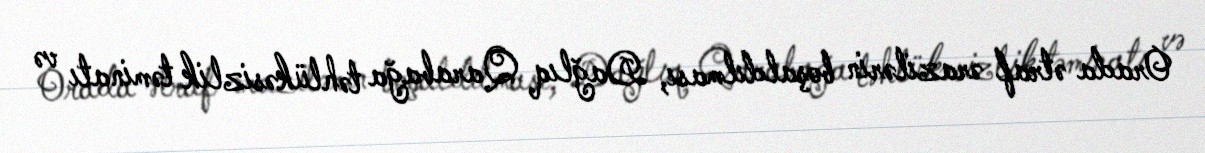
Orada ətraf ərazilərin boşaldılması, Dağlıq Qarabağa təhlükəsizlik təminatı və